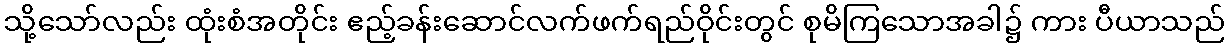
သို့သော်လည်း ထုံးစံအတိုင်း ဧည့်ခန်းဆောင်လက်ဖက်ရည်ဝိုင်းတွင် စုမိကြသောအခါ၌ ကား ပီယာသည်